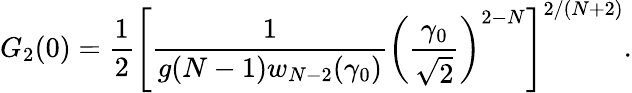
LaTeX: G_{2}(0)={\frac{1}{2}}\left[{\frac{1}{g(N-1)w_{N-2}(\gamma_{0})}}\left(\frac{\gamma_{0}}{\sqrt{2}}\right)^{2-N}\right]^{2/(N+2)}.